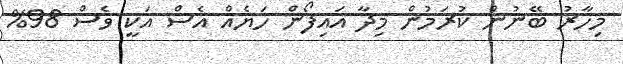
މިހާރު ބޭނުން ކުރަމުން މިދާ އައިފޯން ހަޔެއް އެސް އަކީ ވެސް 98%